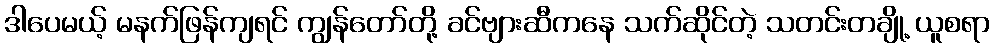
ဒါပေမယ့် မနက်ဖြန်ကျရင် ကျွန်တော်တို့ ခင်ဗျားဆီကနေ သက်ဆိုင်တဲ့ သတင်းတချို့ ယူစရာ